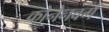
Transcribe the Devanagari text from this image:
क्रोनेनबर्ग